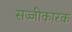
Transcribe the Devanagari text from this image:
सज्जीकारक